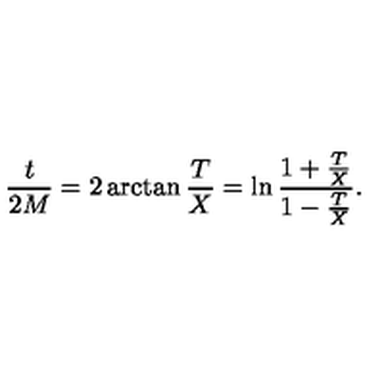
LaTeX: { \frac { t } { 2 M } } = 2 \arctan { \frac { T } { X } } = \ln \frac { 1 + { \frac { T } { X } } } { 1 - { \frac { T } { X } } } .